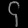
Digit: ၄